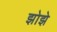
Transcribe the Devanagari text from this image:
झोझे